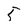
Character: 5